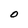
Character: O